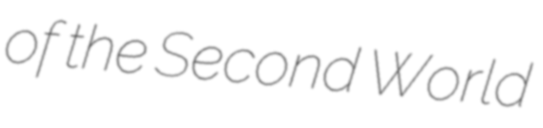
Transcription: of the Second World